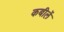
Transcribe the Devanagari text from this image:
कबीलें